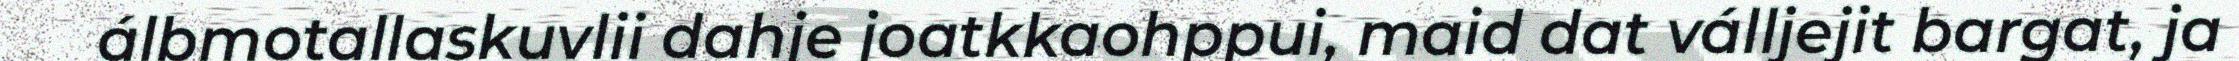
álbmotallaskuvlii dahje joatkkaohppui, maid dat válljejit bargat, ja